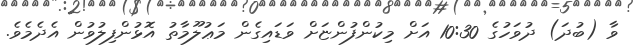
ވާ (ބުދަ) ދުވަހުގެ 10:30 އަށް މިކުންފުންޏަށް ވަޑައިގެން މަޢުލޫމާތު އޮޅުންފިލުވުން އެދެމެވެ.